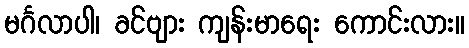
မင်္ဂလာပါ၊ ခင်ဗျား ကျန်းမာရေး ကောင်းလား။